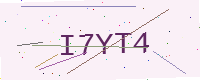
Text: I7YT4